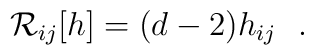
{\cal R}_{ij}[h]=(d-2)h_{ij}~~.